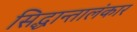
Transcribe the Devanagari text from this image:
सिद्धान्तालंकार